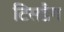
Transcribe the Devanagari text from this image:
टिसडैग